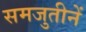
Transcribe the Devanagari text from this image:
समजुतीनें